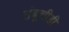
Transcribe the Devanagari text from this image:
तंबूचीही